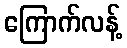
ကြောက်လန့်